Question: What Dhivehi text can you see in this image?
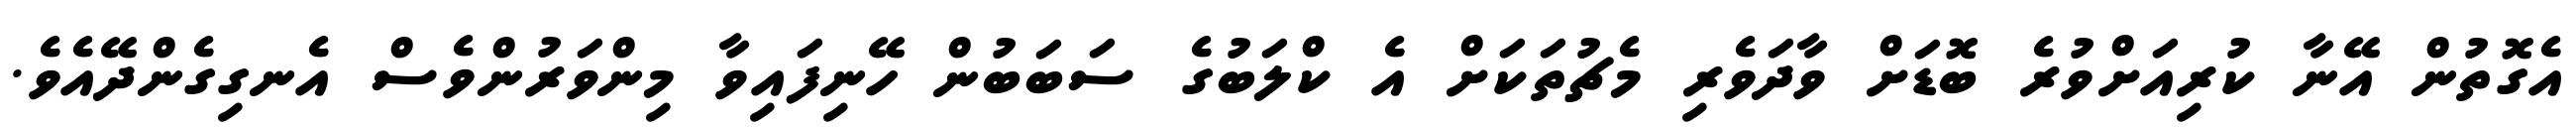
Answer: އެގޮތުން އޭނާ ކުރިއަށްވުރެ ބޮޑަށް ވާދަވެރި މެޗުތަކަށް އެ ކްލަބުގެ ސަބަބުން ހޭނިފައިވާ މިންވަރުންވެސް އެނގިގެންދޭއެވެ.